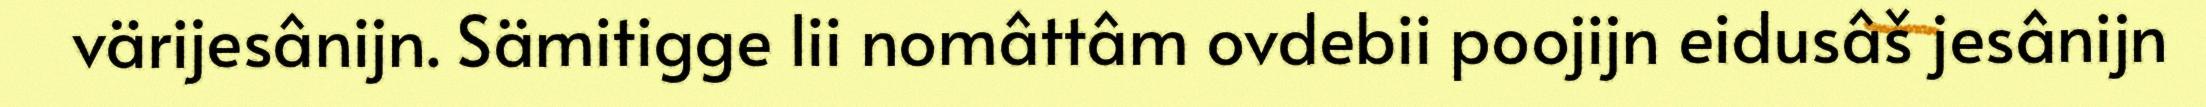
värijesânijn. Sämitigge lii nomâttâm ovdebii poojijn eidusâš jesânijn